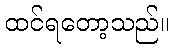
ထင်ရတော့သည်။